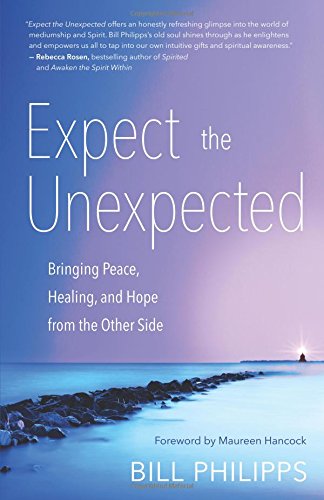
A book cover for Expect the Unexpected: Bringing Peace, Healing, and Hope from the Other Side; Bill Philipps; Self-Help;